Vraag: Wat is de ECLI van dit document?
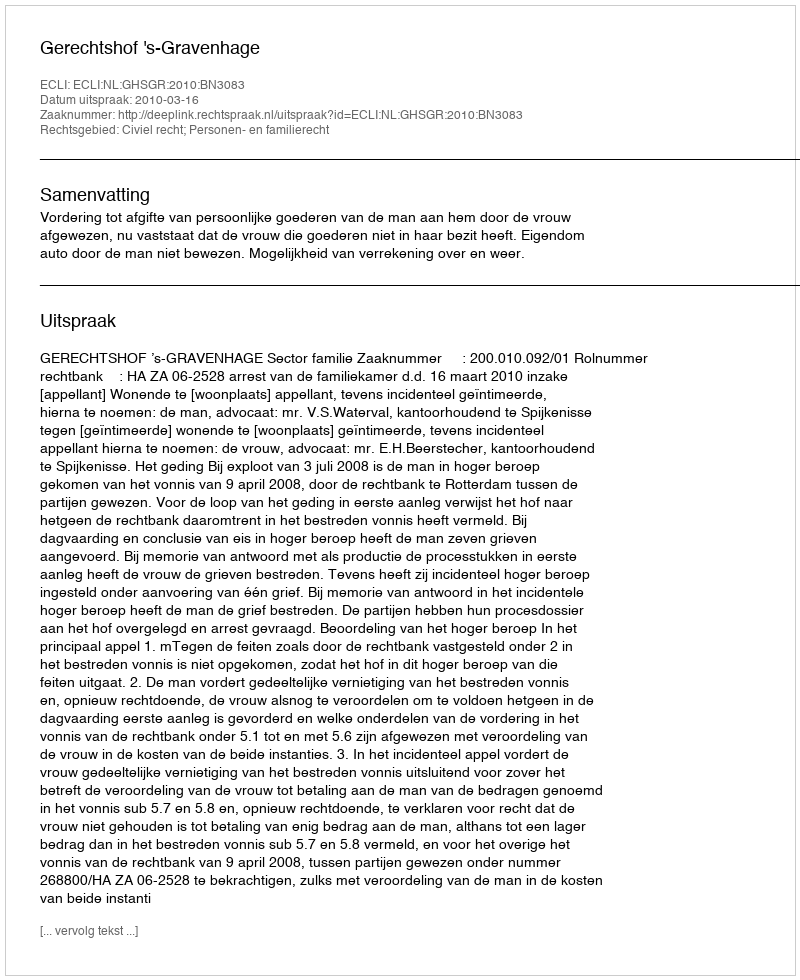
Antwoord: ECLI:NL:GHSGR:2010:BN3083